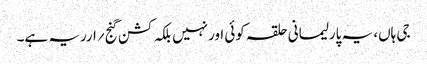
جی ہاں، یہ پارلیمانی حلقہ کوئی اورنہیں بلکہ کشن گنج ؍ارریہ ہے۔